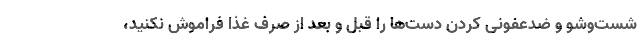
شست‌وشو و ضدعفونی کردن دست‌ها را قبل و بعد از صرف غذا فراموش نکنید،